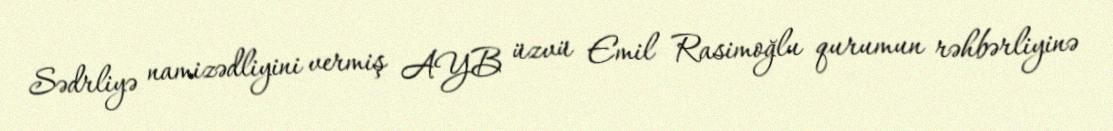
Sədrliyə namizədliyini vermiş AYB üzvü Emil Rasimoğlu qurumun rəhbərliyinə